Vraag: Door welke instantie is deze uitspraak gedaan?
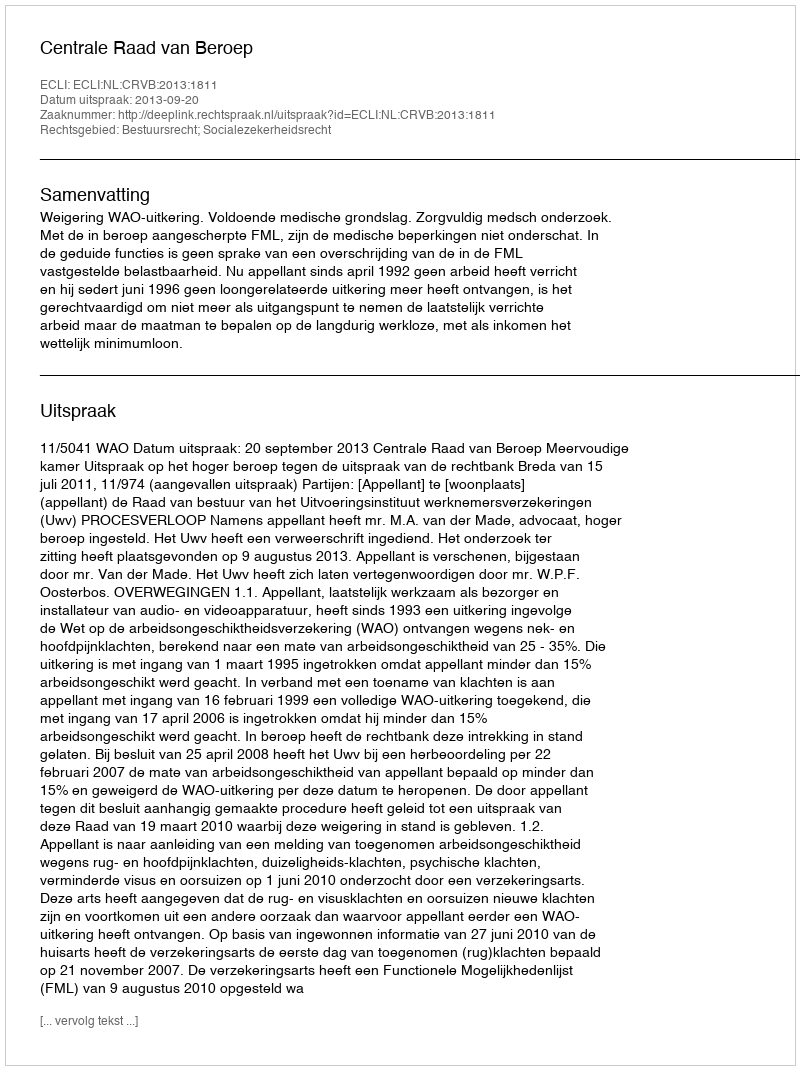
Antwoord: Centrale Raad van Beroep